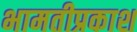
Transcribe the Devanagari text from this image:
भामतीप्रकाश